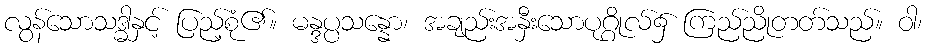
လွန်သောသဒ္ဓါနှင့် ပြည့်စုံ၏။ မန္ဒပ္ပသန္နော၊ အချည်းအနှီးသောပုဂ္ဂိုလ်၌ ကြည်ညိုတတ်သည်။ ဝါ၊